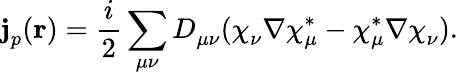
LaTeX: \mathbf{j}_{p}^{}(\mathbf{r})=\frac{i}{2}\sum_{\mu\nu}D_{\mu\nu}^{}(\chi_{\nu}^{}\nabla\chi_{\mu}^{*}-\chi_{\mu}^{*}\nabla\chi_{\nu}^{}).